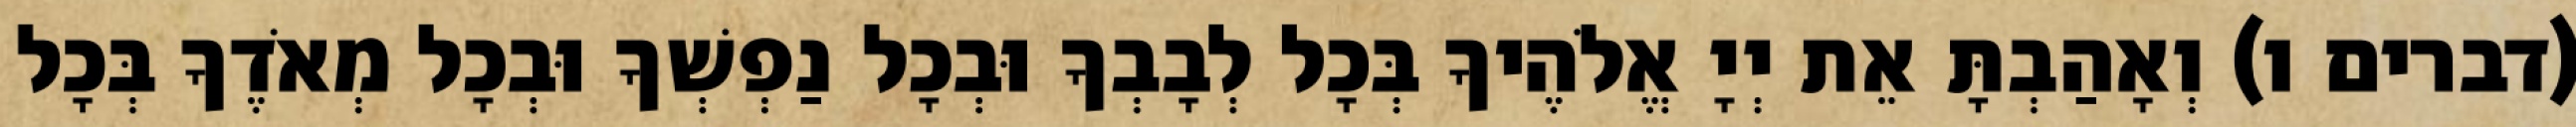
(דברים ו) וְאָהַבְתָּ אֵת יְיָ אֱלֹהֶיךָ בְּכָל לְבָבְךָ וּבְכָל נַפְשְׁךָ וּבְכָל מְאֹדֶךָ בְּכָל